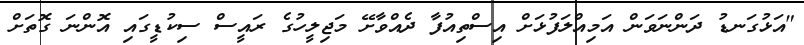
"އަޅުގަނޑު ދަންނަވަން އަމިއްލަފުޅަށް އިސްތިއުފާ ދެއްވާށޭ މަޖިލީހުގެ ރައީސް ސިކުޑީގައި އޮންނަ ގޮތަށް